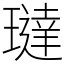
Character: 㼀